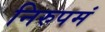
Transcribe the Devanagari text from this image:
निरुपमं